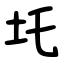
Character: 圫